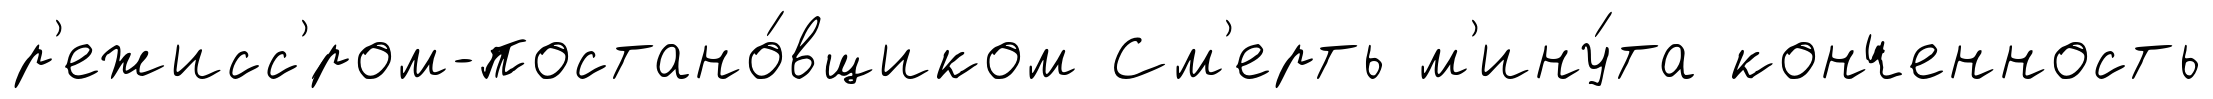
р'ежисс'́ром-постано́вщиком См'ерть м'ину́та конченность